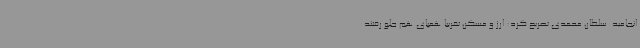
انجامید. سلطان محمدی تصریح کرد: ارز و مسکن تقریباً همپای هم جلو رفتند